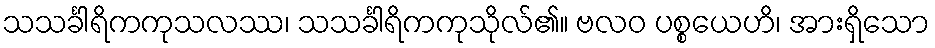
သသင်္ခါရိကကုသလဿ၊ သသင်္ခါရိကကုသိုလ်၏။ ဗလဝ ပစ္စယေဟိ၊ အားရှိသော